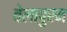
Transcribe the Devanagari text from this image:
वेलापुरम